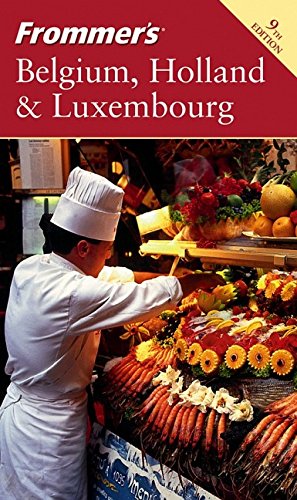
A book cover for Frommer's Belgium, Holland & Luxembourg (Frommer's Complete Guides); George McDonald; Travel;